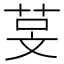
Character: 𬜰